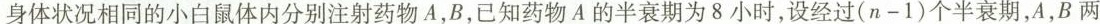
身体状况相同的小白鼠体内分别注射药物A，B，已知药物A的半衰期为8小时，设经过(n-1)个半衰期，A，B两